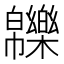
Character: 𤾾